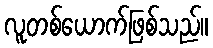
လူတစ်ယောက်ဖြစ်သည်။